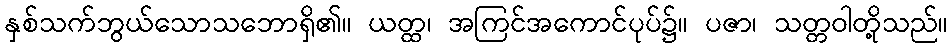
နှစ်သက်ဘွယ်သောသဘောရှိ၏။ ယတ္ထ၊ အကြင်အကောင်ပုပ်၌။ ပဇာ၊ သတ္တဝါတို့သည်။